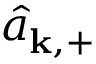
\hat { a } _ { \mathbf { k } , + }